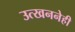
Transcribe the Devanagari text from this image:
उत्खननेही